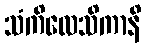
သံကိလေသိကာနိ